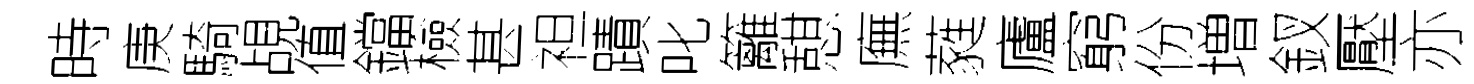
時庚騎覘值鐺檢甚袒蹟叱籬憇廡蕤廬窮份増釵壓亦